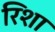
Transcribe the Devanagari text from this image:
रिशा